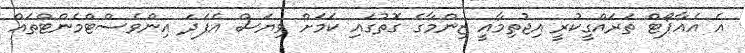
އެ އެއާޕޯޓް ތަރައްގީކުރީ އިޖުތިމާއީ ޒިންމާގެ ގޮތުގައި ކަމަށް ވިޔަސް އެފަދަ އިންވެސްޓްމެންޓްތައް